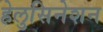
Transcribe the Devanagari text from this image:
हेलुसिनेशन